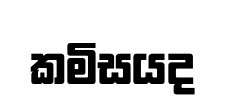
කමිසයද